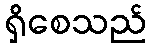
ရှိစေသည်